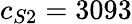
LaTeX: c_{S2}=3093